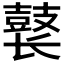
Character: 𱌊